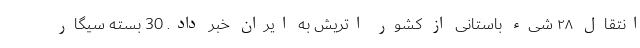
انتقال ۲۸ شیء باستانی از کشور اتریش به ایران خبر داد. 30 بسته سیگار